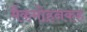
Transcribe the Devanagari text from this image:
मैकमोहनकह